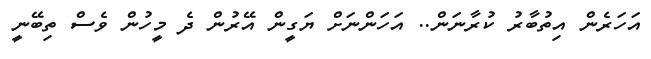
އަހަރެން އިތުބާރު ކުރާނަން.. އަހަންނަށް ޔަގީން އޭރުން ދެ މީހުން ވެސް ތިބޭނީ